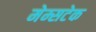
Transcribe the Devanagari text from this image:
मेम्सटेक